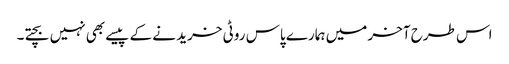
اس طرح آخر میں ہمارے پاس روٹی خرید نے کے پیسے بھی نہیں بچتے۔